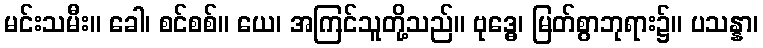
မင်းသမီး။ ခေါ၊ စင်စစ်။ ယေ၊ အကြင်သူတို့သည်။ ဗုဒ္ဓေ၊ မြတ်စွာဘုရား၌။ ပသန္နာ၊